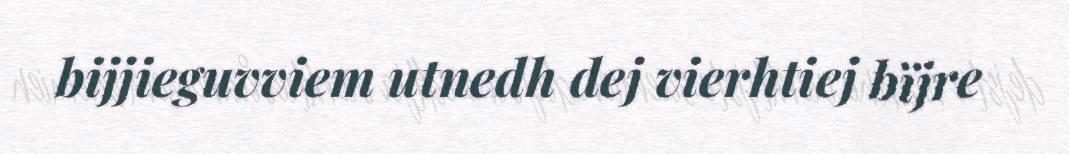
bijjieguvviem utnedh dej vierhtiej bïjre